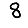
Digit: 8